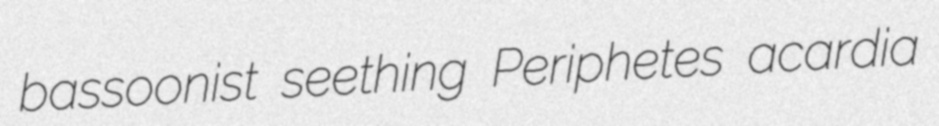
bassoonist seething Periphetes acardia